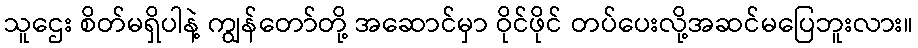
သူဌေး စိတ်မရှိပါနဲ့ ကျွန်တော်တို့ အဆောင်မှာ ဝိုင်ဖိုင် တပ်ပေးလို့အဆင်မပြေဘူးလား။